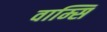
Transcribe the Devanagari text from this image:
वाम्सि